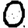
Digit: 0